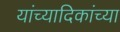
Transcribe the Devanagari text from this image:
यांच्यादिकांच्या